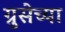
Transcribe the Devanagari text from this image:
ग्रुसेच्या